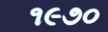
૧૯૭૦